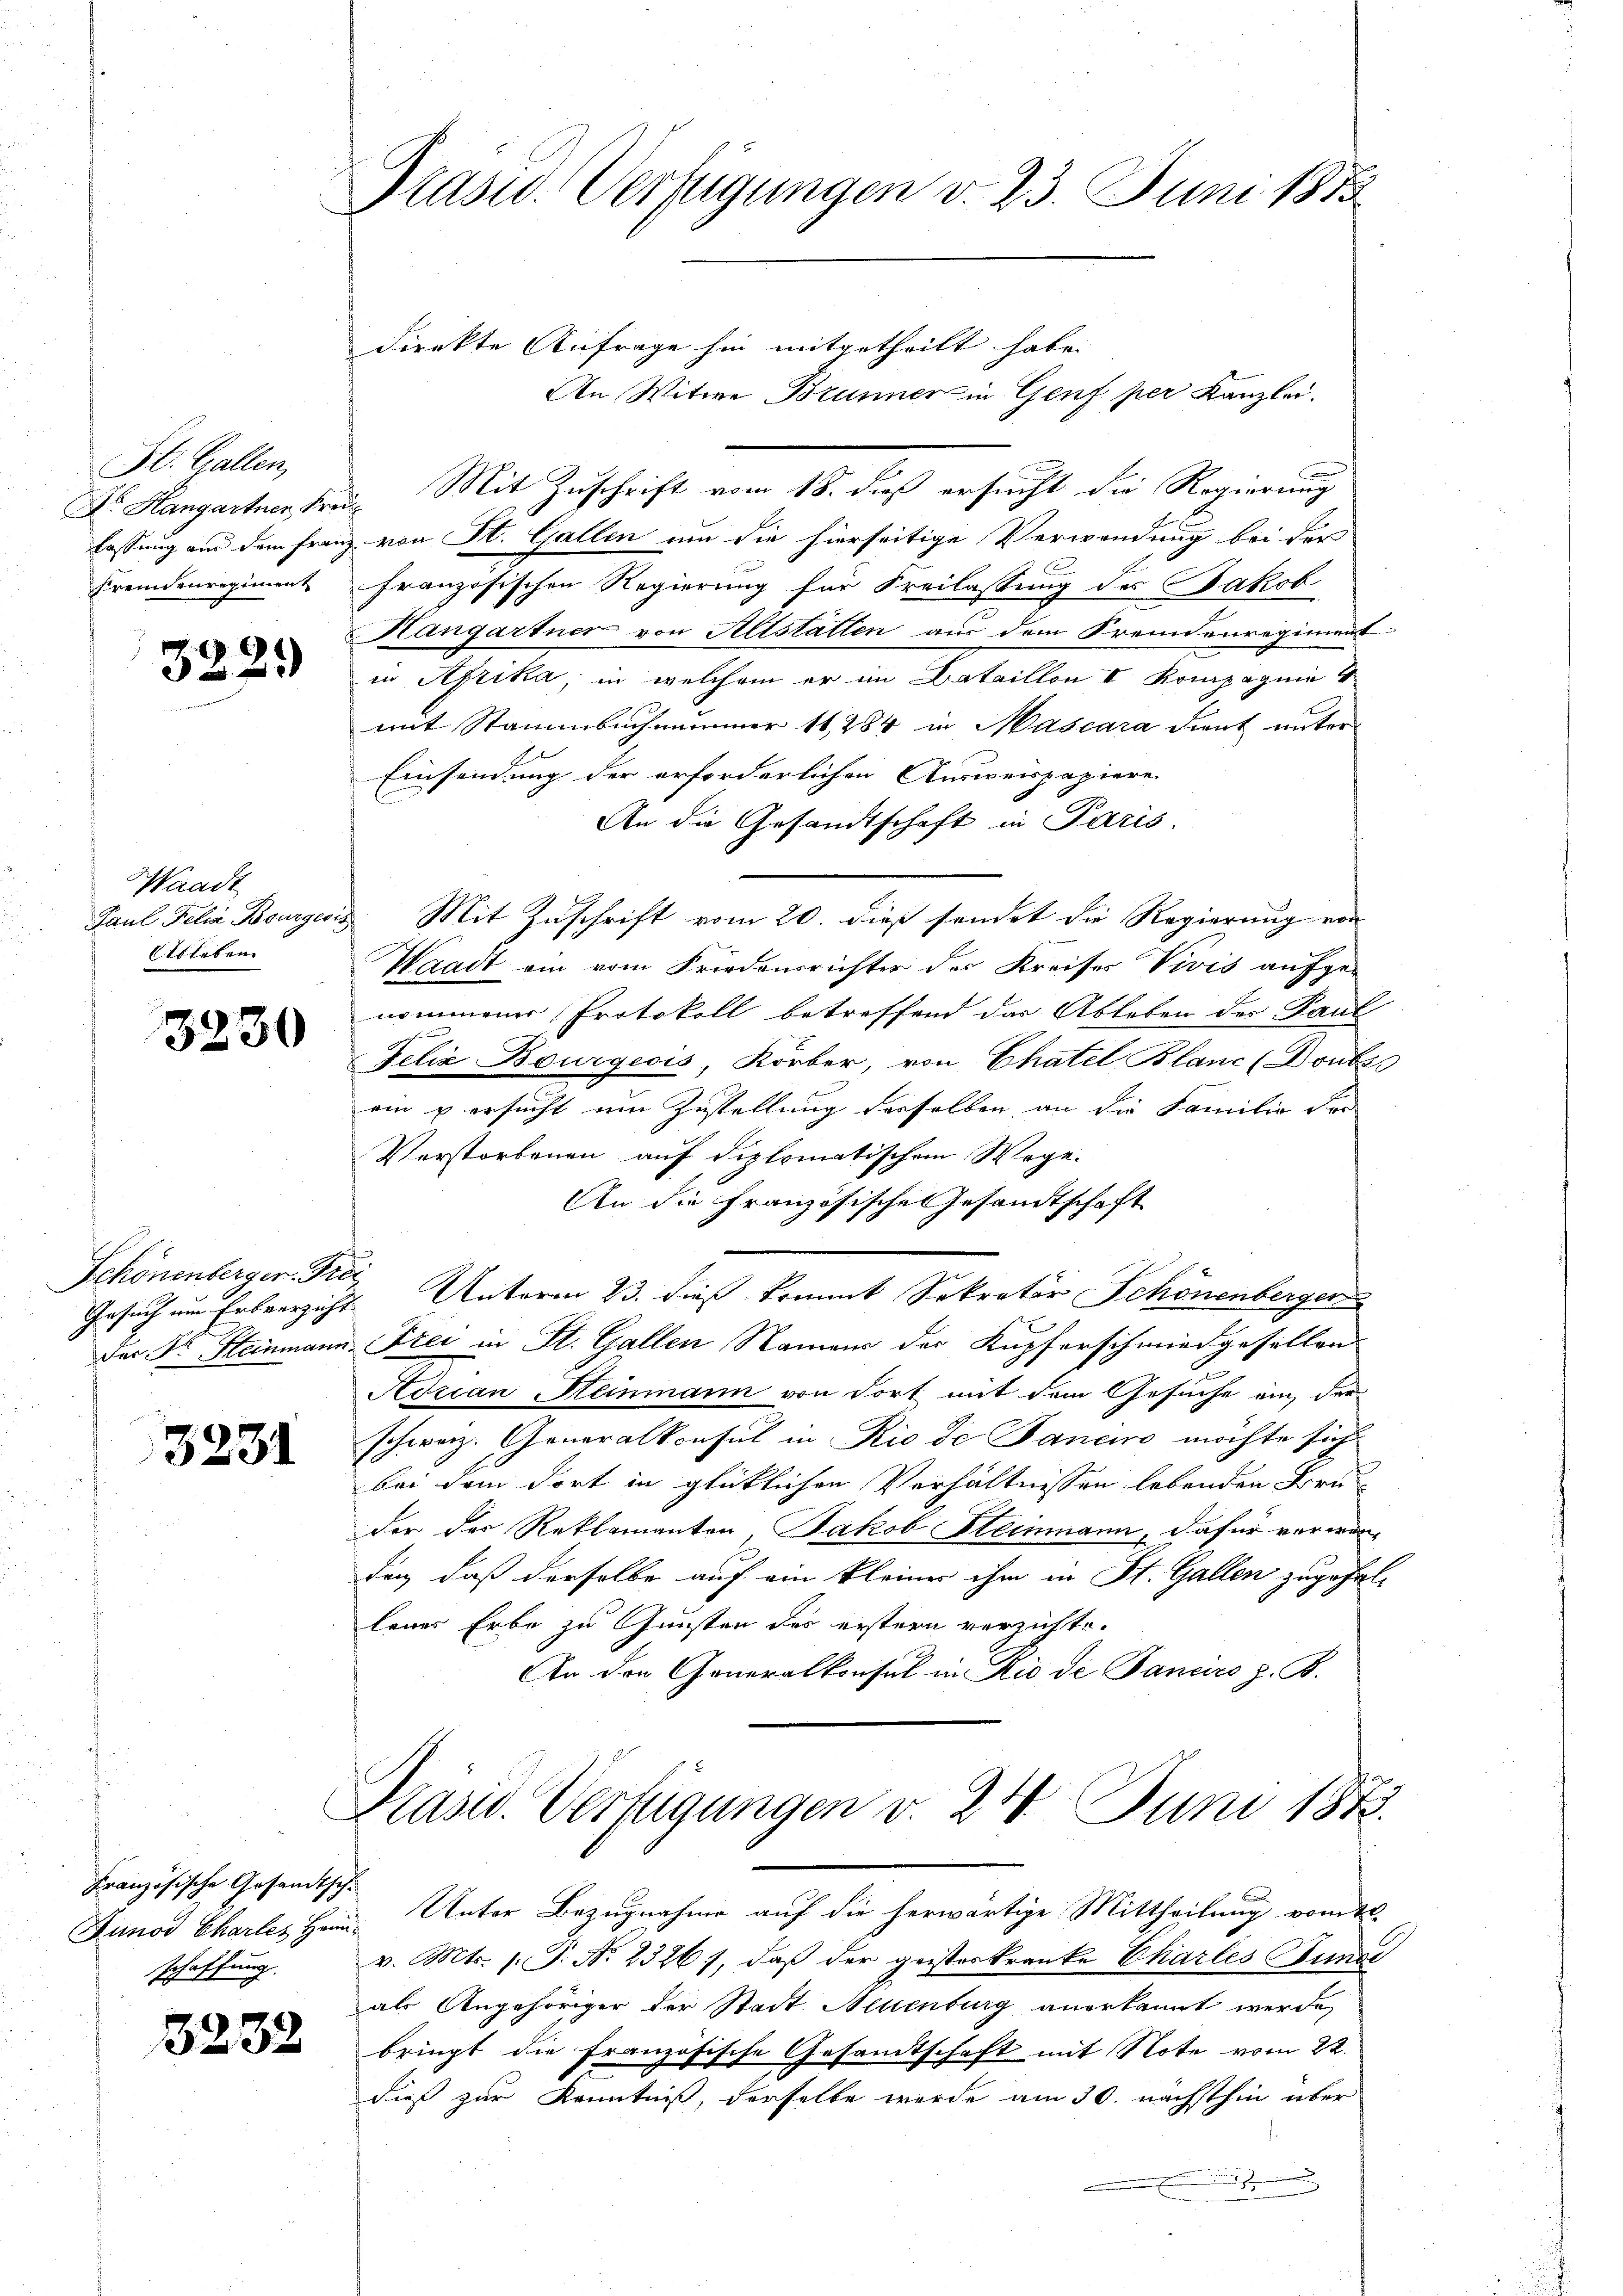
St. Gallen,
Fremdenregiment

322.

Waadt
Paul Felia Bourges.
tbleben

3230

Schönenberger Proj

3231

Französische Gesandtschschaffung.

3232

Präsid. Verfügungen v. 23. Juni 1858

direkte Anfrage hin mitgetheilt habe.
Dr. Hangartner Frei Mit Zuschrift vom 18. dieß ersucht die Regierung
lassung aus dem Franz von St. Gallen um die hierseitige Verwendung bei der
französischen Regierung für Freilassung des Jakob
Hangartner von Altstätten aus dem Fremdenregiment
in Afrika, in welchem er im Bataillon I Kompagnie 4
mit Stammbuchnammer 11,284 in Mascara dient unter
Einsendung der erforderlichen Ausweispapiere
An die Gesandtschaft in Paris
& Mit Zuschrift vom 20. dieß sendet die Regierung von
Waadt ein vom Friedensrichter des Kreises Vivis aufge-
nommener Protokoll betreffend das Ableben des Paul
Felix Bourgeois, Körber, von Chatel Blanc (Donber
ein u ersucht um Zustellung derselben, an die Familie Fre
Verstorbenen auf diplomatischem Wege.
An die Französische Gesandtschaft
Gesuch um Erbverzicht Unterm 23. dieß kommt Sekretär Schönenberger
Das Dr. Steinmann Frei in St. Gallen Namens der Kupferschmiedgesellen
Adrian Steinmann von dort mit dem Gesuche ein, der
schweiz. Generalkonsul in Rio de Janeiro möchte sich
bei dem dort in glücklichen Verhältnissen lebenden Bruder der Reklamanten Jakob Steinmann, dafür verwanden, daß derselbe auf ein kleiner ihm in St. Gallen zugefallenes Erbe zu Gunsten des erstern verzichte.
An den Generalkonsul in Rio de Panciers z. B.
Prasis. Verfügungen v. 24. Juni 1873.
Junod Chartes Herr Unter Bezugnahme auf die herwärtige Mittheilung vom 22.
v. Mts. 1. P. Nr. 2326), daß der geisteskranke Ekarles und
als Angehöriger der Stadt Neuenburg anerkannt werde,
bringt die französische Gesamtschaft mit Note vom 22.
dieß zur Kenntniß, derselbe werde am 30. nächsthin über

An Witwe Brunner in Genf per Kanzlei.